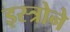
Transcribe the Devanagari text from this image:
इस्त्रोने